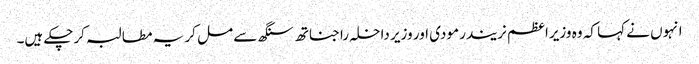
انہوں نے کہا کہ وہ وزیرا عظم نریندر مودی اور وزیر داخلہ راجناتھ سنگھ سے مل کر یہ مطالبہ کرچکے ہیں۔